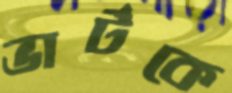
ভার্টকে